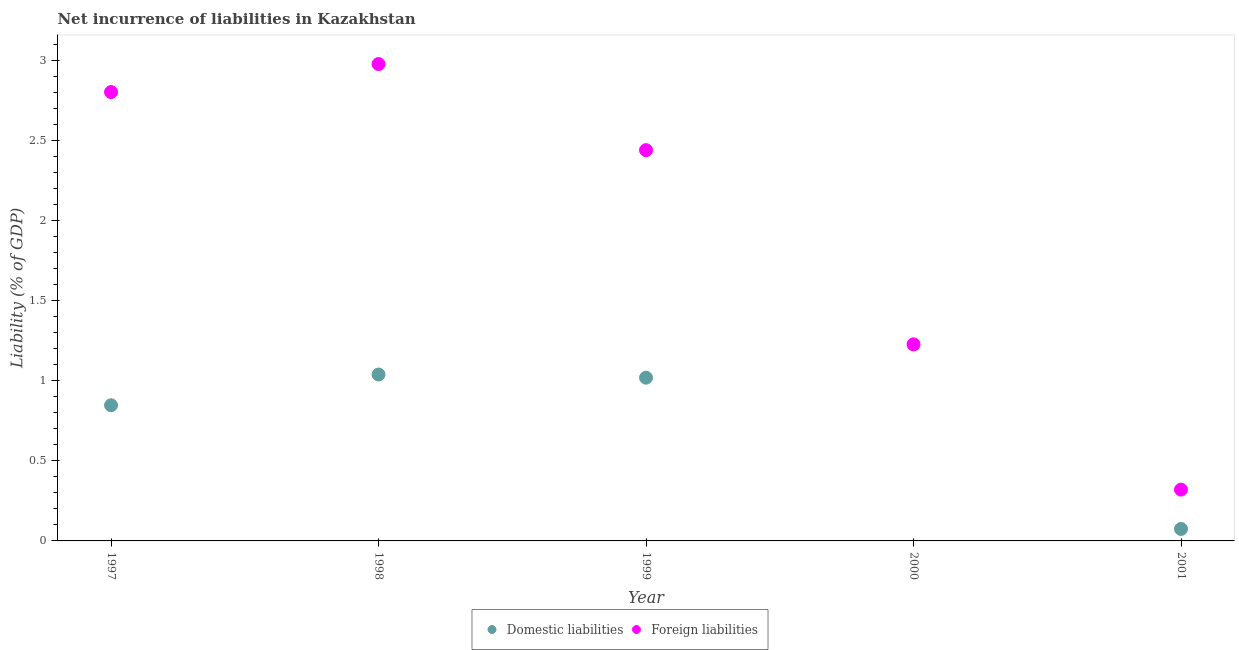
| Year | Domestic liabilities | Foreign liabilities |
 | --- | --- | --- |
 | 1997 | 0.846 | 2.8 |
 | 1998 | 1.04 | 2.98 |
 | 1999 | 1.02 | 2.44 |
 | 2000 | -0.664 | 1.23 |
 | 2001 | 0.0747 | 0.32 |